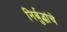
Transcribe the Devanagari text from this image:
निर्बुद्धांचे